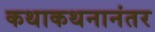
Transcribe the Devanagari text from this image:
कथाकथनानंतर